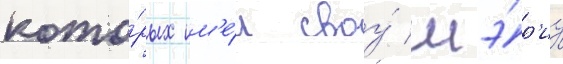
кото́рых им'е́л своу́ мэ́р'иу